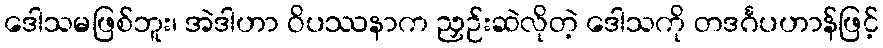
ဒေါသမဖြစ်ဘူး၊ အဲဒါဟာ ဝိပဿနာက ညှဉ်းဆဲလိုတဲ့ ဒေါသကို တဒင်္ဂပဟာန်ဖြင့်